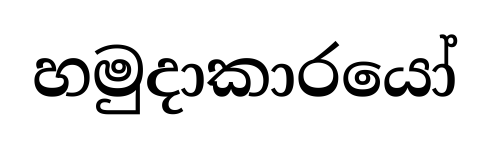
හමුදාකාරයෝ